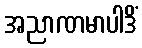
အညာဏမာပါဒိံ